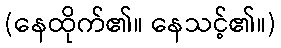
(နေထိုက်၏။ နေသင့်၏။)